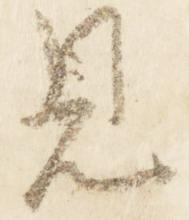
見